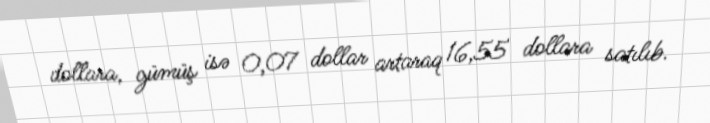
dollara, gümüş isə 0,07 dollar artaraq 16,55 dollara satılıb.